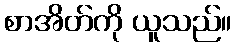
စာအိတ်ကို ယူသည်။